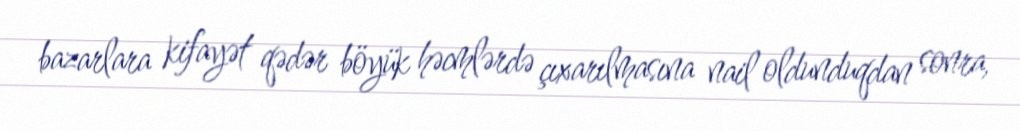
bazarlara kifayət qədər böyük həcmlərdə çıxarılmasına nail oldunduqdan sonra,